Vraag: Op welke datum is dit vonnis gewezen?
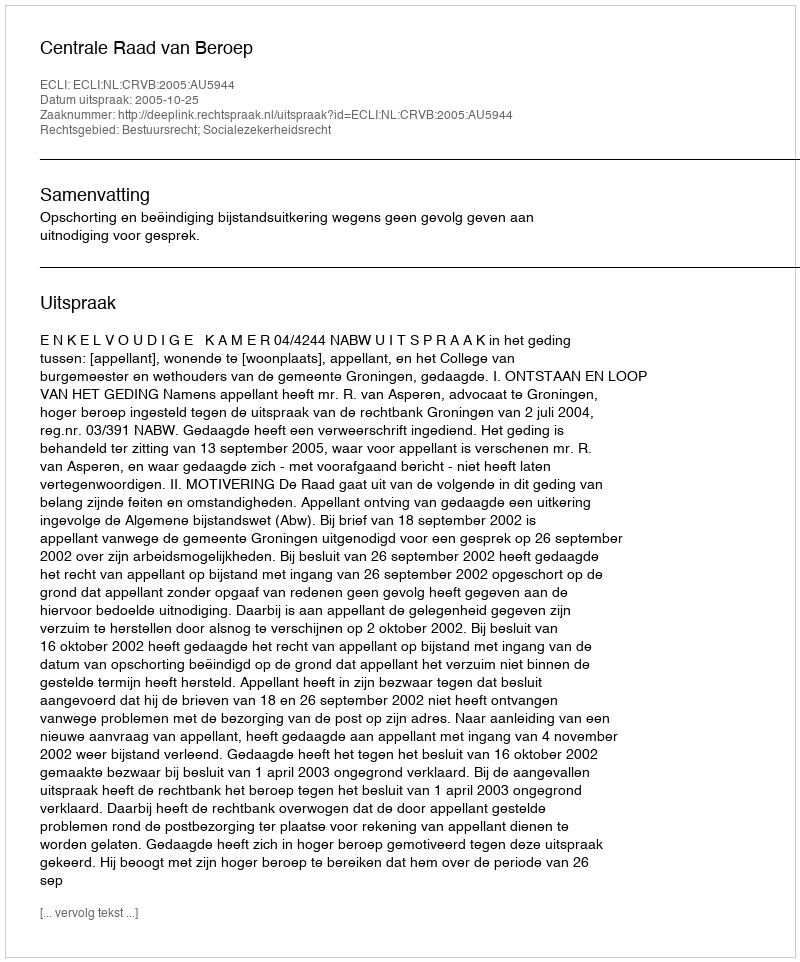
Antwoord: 2005-10-25